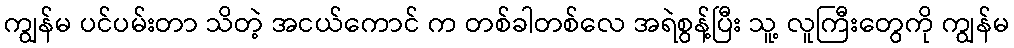
ကျွန်မ ပင်ပမ်းတာ သိတဲ့ အငယ်ကောင် က တစ်ခါတစ်လေ အရဲစွန့်ပြီး သူ့ လူကြီးတွေကို ကျွန်မ